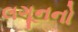
લગૂનનો